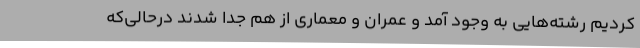
کردیم رشته‌هایی به وجود آمد و عمران و معماری از هم جدا شدند درحالی‌که